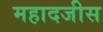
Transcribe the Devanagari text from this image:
महादजीस